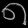
Digit: ၈